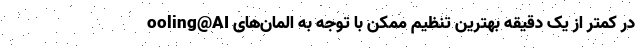
ooling@AI در کمتر از یک دقیقه بهترین تنظیم ممکن با توجه به المان‌های